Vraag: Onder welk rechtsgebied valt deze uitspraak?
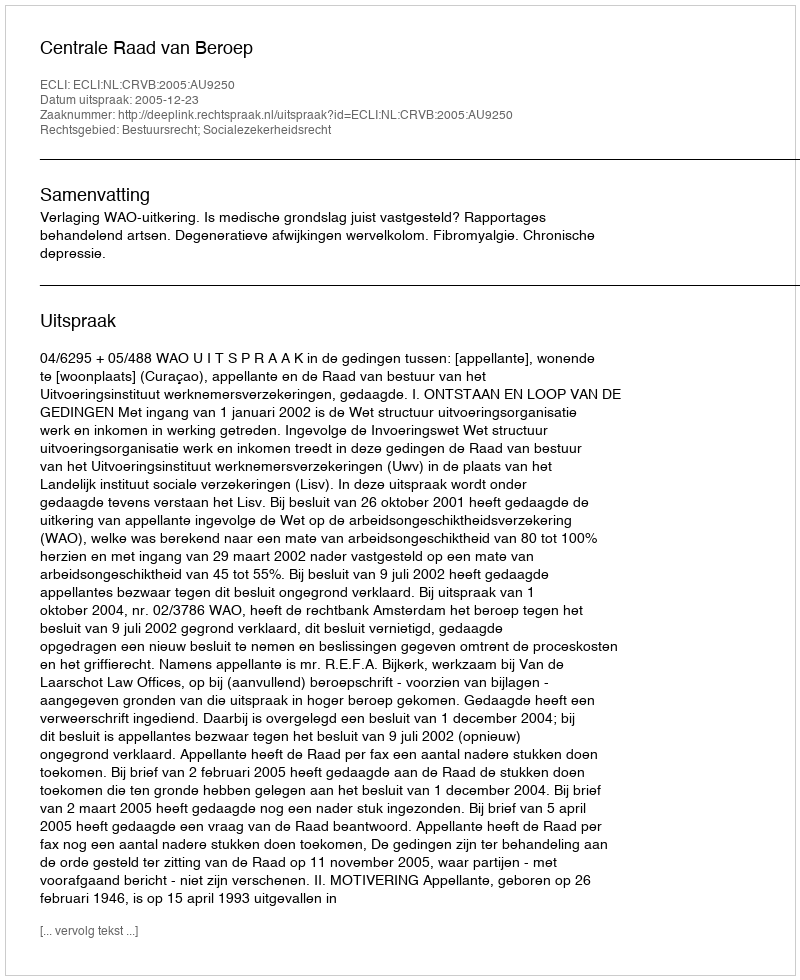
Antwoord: Bestuursrecht; Socialezekerheidsrecht